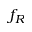
f _ { R }